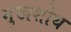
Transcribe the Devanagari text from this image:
मुखशोथ